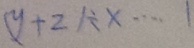
( y + 2 ) \div x \cdots 1